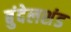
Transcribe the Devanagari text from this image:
बुंदेलशंड